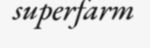
superfarm